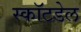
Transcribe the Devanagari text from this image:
स्कॉटडेल